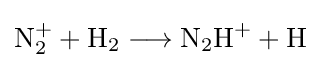
{\mathrm {N} {\vphantom {A}}_{\smash[{t}]{2}}^{+}{}+{}\mathrm {H} {\vphantom {A}}_{\smash[{t}]{2}}{}\mathrel {\longrightarrow } {}\mathrm {N} {\vphantom {A}}_{\smash[{t}]{2}}\mathrm {H} {\vphantom {A}}^{+}{}+{}\mathrm {H} }